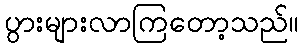
ပွားများလာကြတော့သည်။